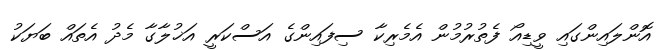
އޮންލައިންގައި ވީޑިއޯ ފެތުރުމުން އެމެރިކާ ސިފައިންގެ އަސްކަރީ އަޚުލާގާ މެދު އެތައް ބަޔަކު